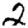
Digit: 2